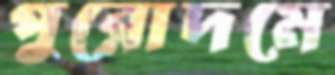
পুরোদমে